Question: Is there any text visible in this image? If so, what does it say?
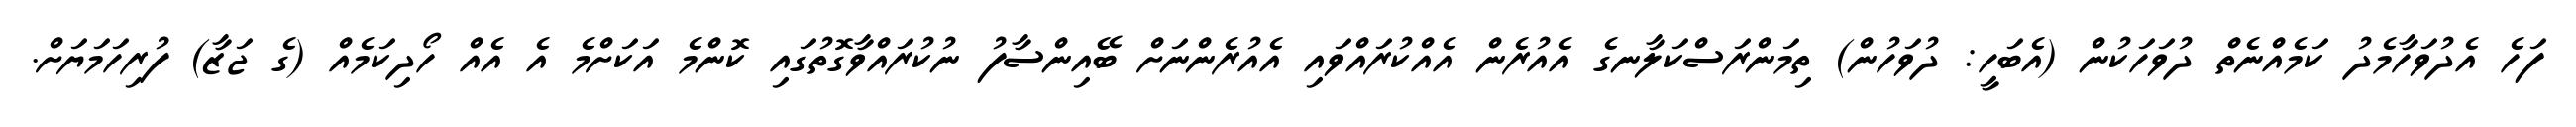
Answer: ފަހެ އެދުވަހާމެދު ކަމެއްނެތް ދުވަހަކުން (އެބަހީ: ދުވަހުން) ތިމަންރަސްކަލާނގެ އެއުރެން އެއްކުރައްވައި އެއުރެންނަށް ބޭއިންސާފު ނުކުރައްވާގޮތުގައި ކޮންމެ އަކަށްމެ އެ އެއް ހޯދިކަމެއް (ގެ ޖަޒާ) ފުރިހަމަޔަށް.